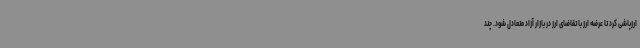
ارزپاشی کرد تا عرضه ارز با تقاضای ارز در بازار آزاد متعادل شود. چند